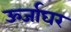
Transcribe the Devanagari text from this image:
ऊर्जाघर